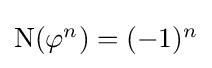
\textstyle \mathrm {N} (\varphi ^{n})=(-1)^{n}